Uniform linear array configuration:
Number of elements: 12
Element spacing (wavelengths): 0.75
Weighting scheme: exponential
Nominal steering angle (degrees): -30
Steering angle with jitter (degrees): -29.949
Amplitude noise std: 0.05
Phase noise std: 0.05

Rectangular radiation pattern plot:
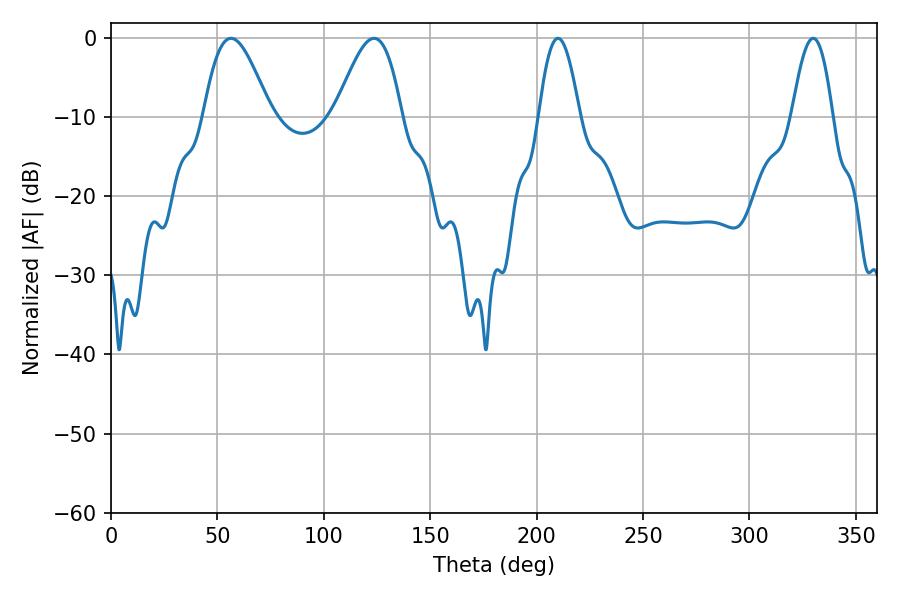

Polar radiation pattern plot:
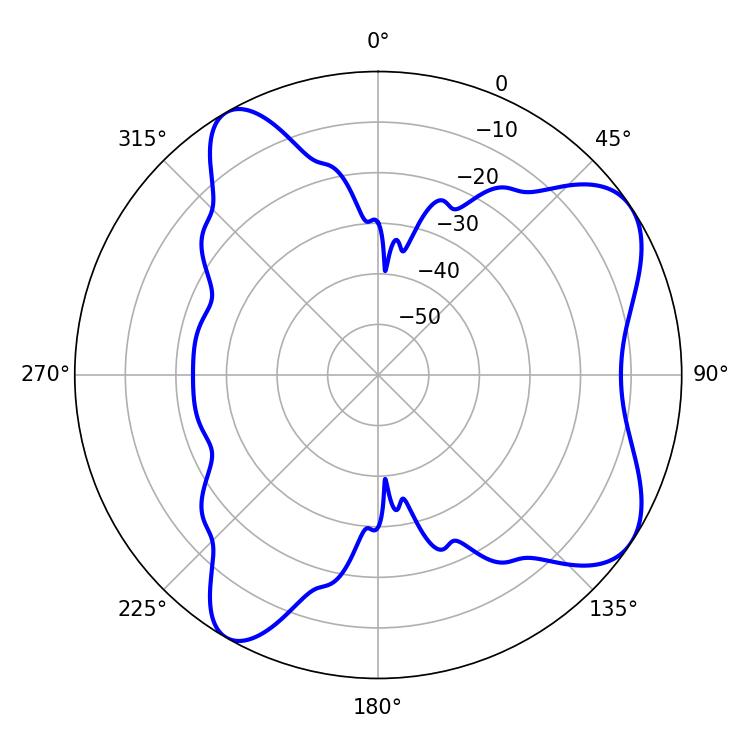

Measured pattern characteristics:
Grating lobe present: TRUE
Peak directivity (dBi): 7.386
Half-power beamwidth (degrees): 10.44
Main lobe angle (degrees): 210.06